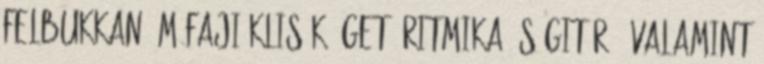
felbukkanó műfaji klisék ügető ritmika és gitár , valamint